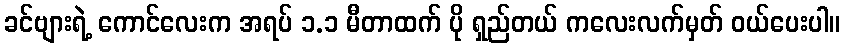
ခင်ဗျားရဲ့ ကောင်လေးက အရပ် ၁.၁ မီတာထက် ပို ရှည်တယ် ကလေးလက်မှတ် ဝယ်ပေးပါ။